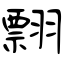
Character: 翲